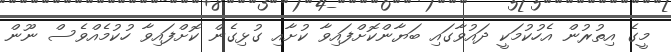
މީގެ އިތުރުން އެހުކުމަކީ ދައުވާގައި ބަޔާންކޮށްފައިވާ ކުށާއި ގުޅިގެން ކޮށްފައިވާ ހުކުމެއްވެސް ނޫން